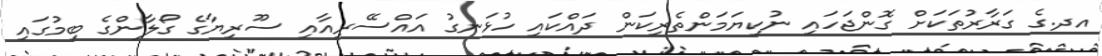
އދ.ގެ ގަރާރުތަކަށް ގޮންޖަހައި ނުކިޔަމަންތެރިކަން ދައްކައި ހުޅަނގު އައްސޭރިއާއި ސޫރިޔާގެ ގޯލާންގެ ބިމުގައި